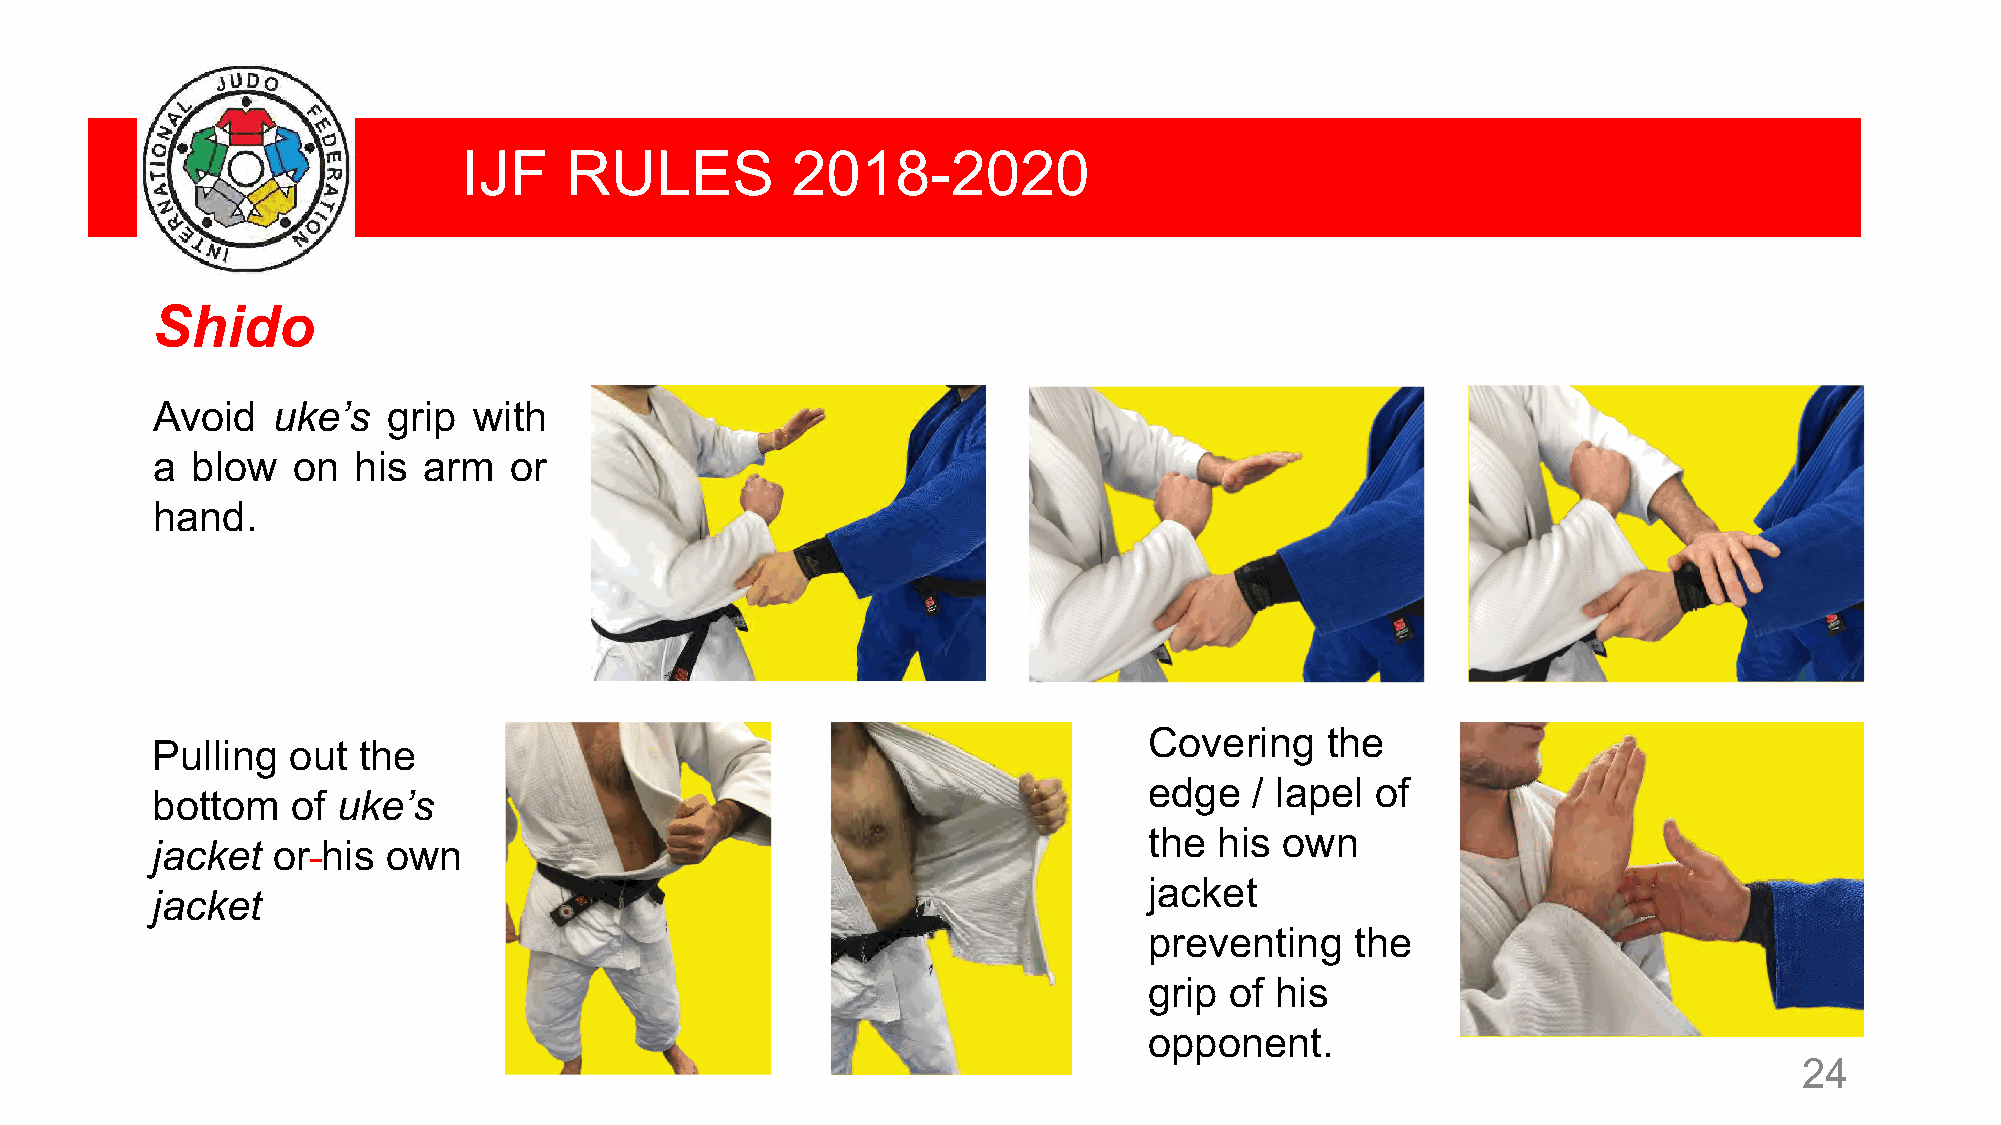
IJF   RULES          2018-2020
 Shido
 Avoid   uke’s   grip with
 a  blow  on  his  arm   or
 hand.
 Covering    the
 Pulling  out  the
 edge   / lapel of
 bottom   of uke’s
 the  his own
 jacket  or his  own
 jacket
 jacket
 preventing    the
 grip of his
 opponent.
 24